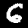
Digit: 6